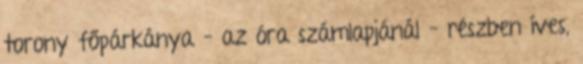
torony főpárkánya – az óra számlapjánál – részben íves,